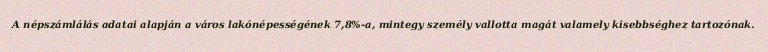
A népszámlálás adatai alapján a város lakónépességének 7,8%-a, mintegy személy vallotta magát valamely kisebbséghez tartozónak.